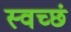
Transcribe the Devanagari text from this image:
स्वच्छं